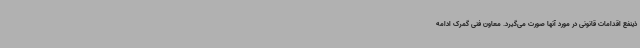
ذینفع اقدامات قانونی در مورد آنها صورت می‌گیرد. معاون فنی گمرک ادامه